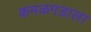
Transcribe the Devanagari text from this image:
कमळगडाला